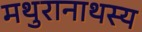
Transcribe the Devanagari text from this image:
मथुरानाथस्य